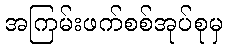
အကြမ်းဖက်စစ်အုပ်စုမှ